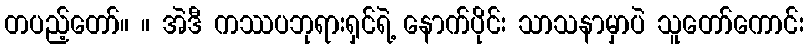
တပည့်တော်။ ။ အဲဒီ ကဿပဘုရားရှင်ရဲ့ နောက်ပိုင်း သာသနာမှာပဲ သူတော်ကောင်း